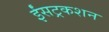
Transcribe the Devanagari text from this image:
ईंसट्रकशन